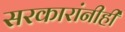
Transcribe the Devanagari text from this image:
सरकारांनीही